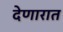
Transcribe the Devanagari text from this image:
देणारात